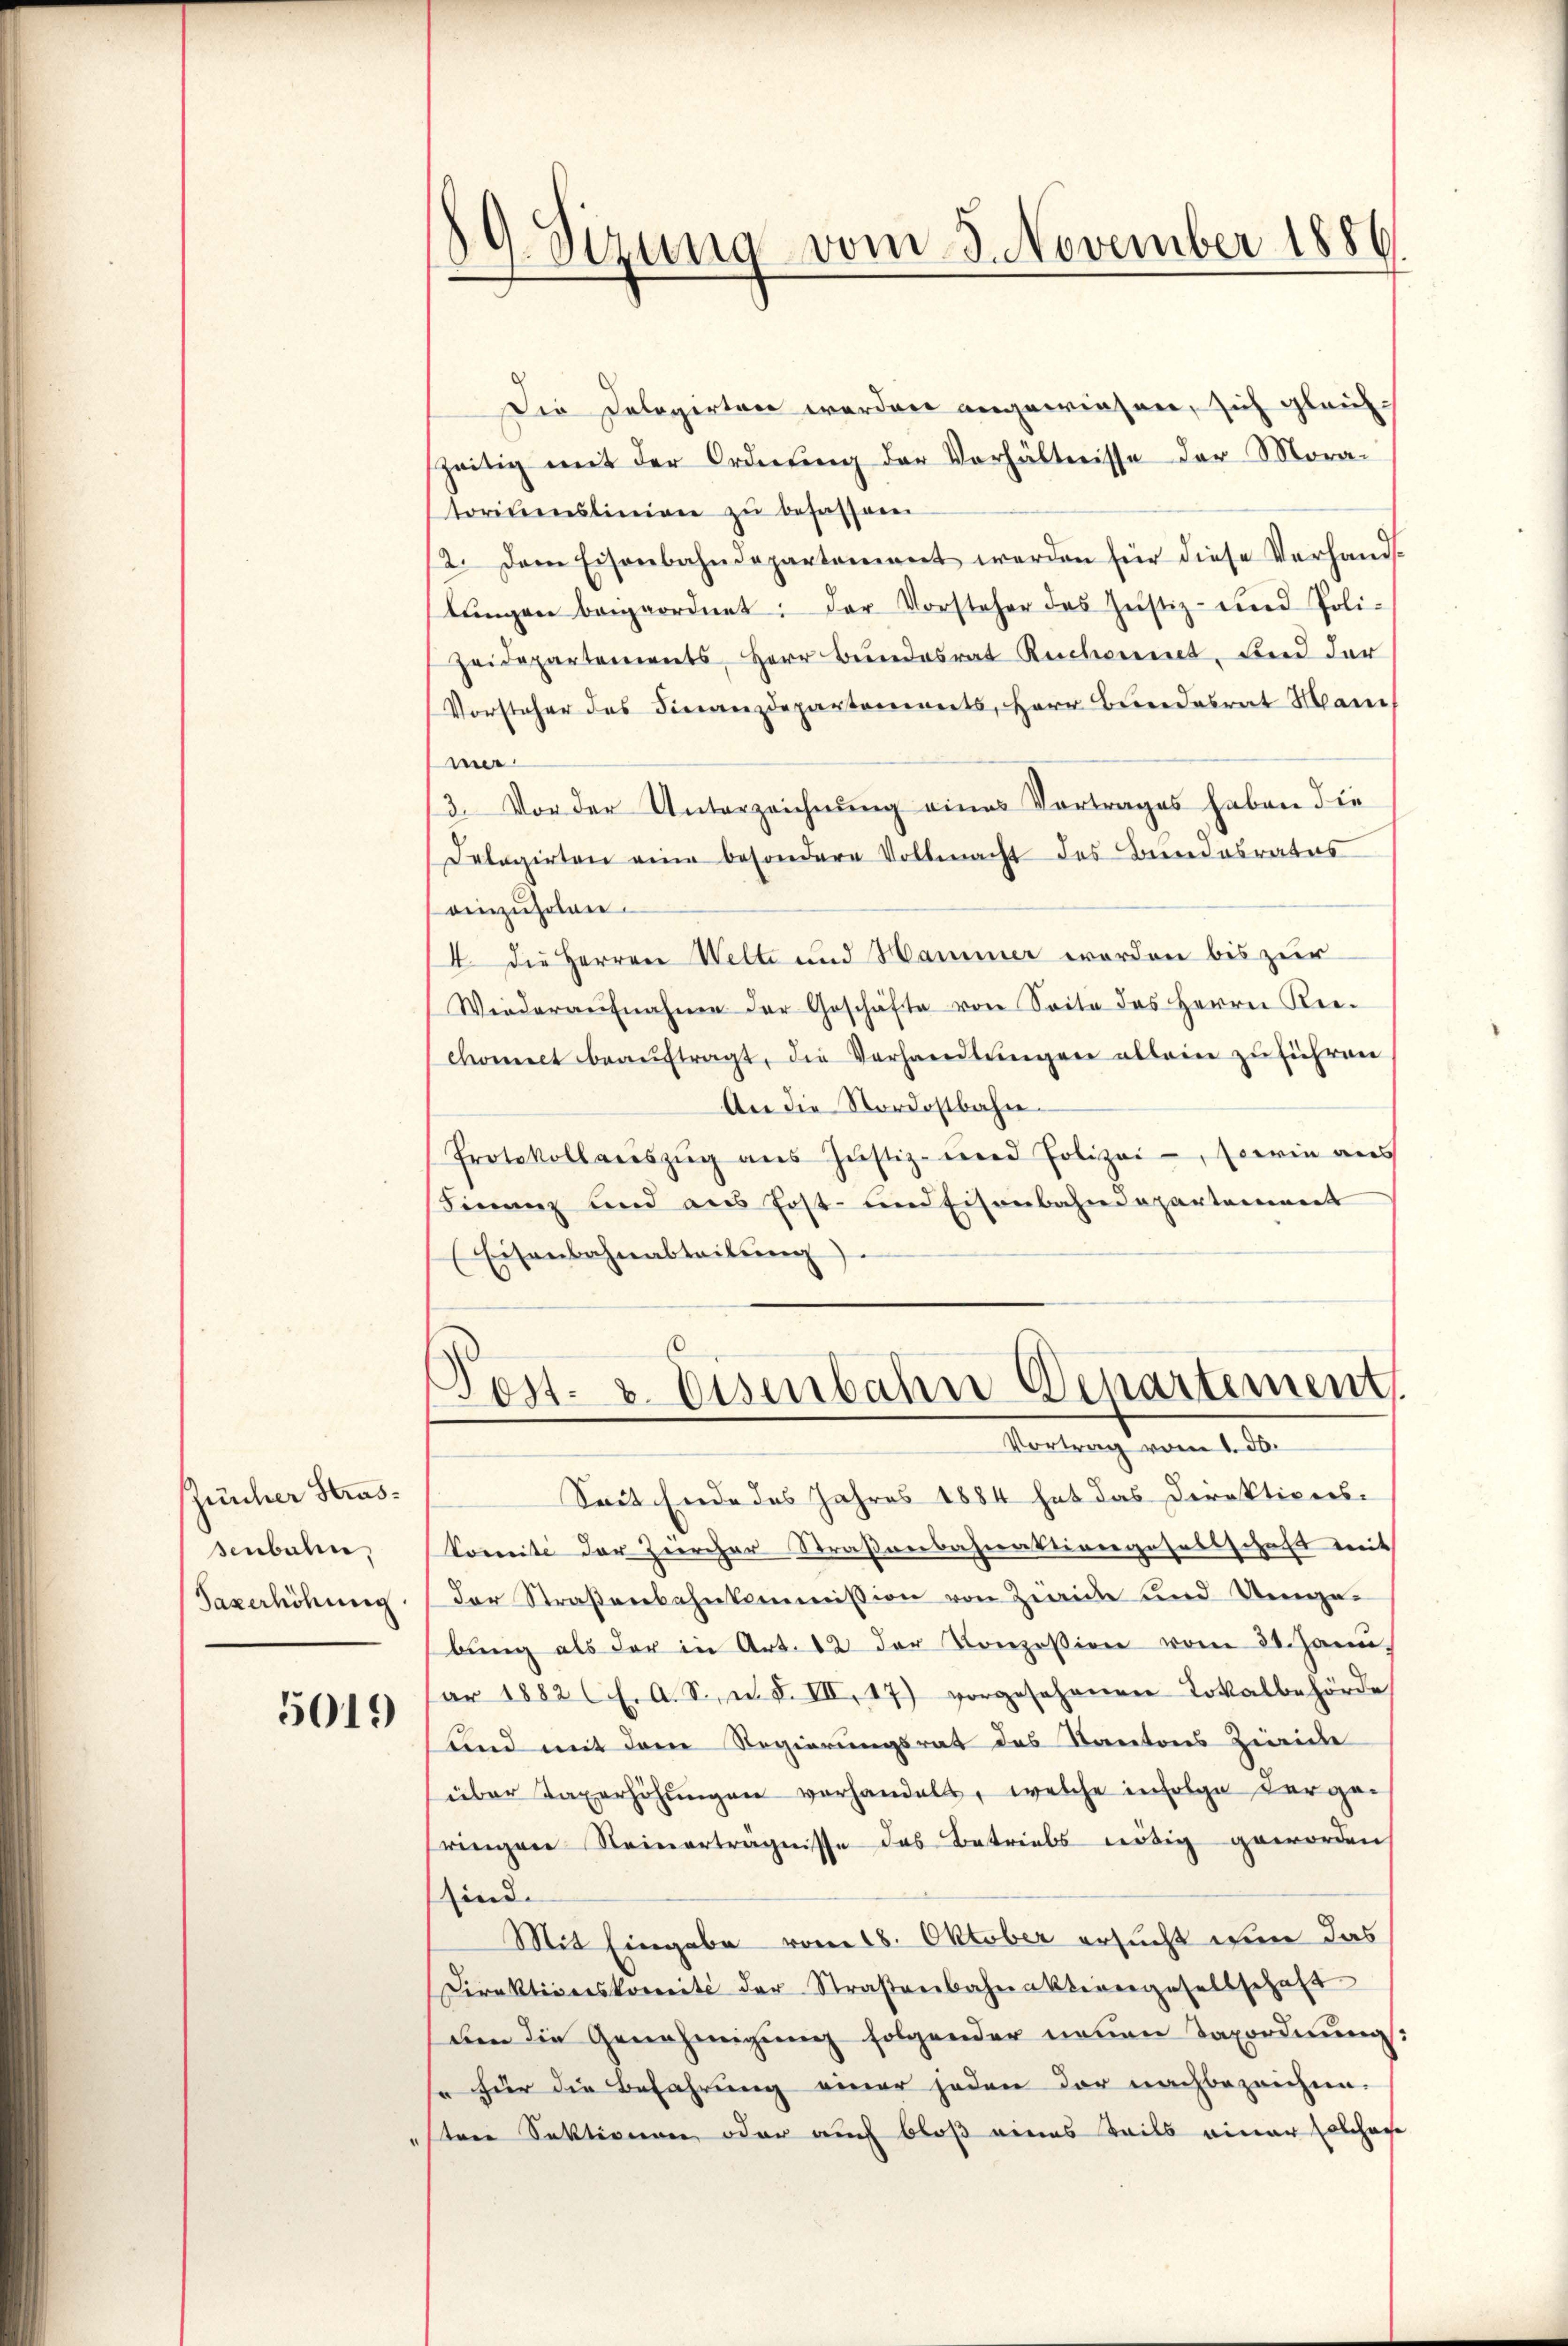
Zürcher Strassenbahn,
Taxerhöhung

5019

19. Sizung vom 8. November 1886.

Die Telegirten werden angewiesen, sich gleichszeitig mit der Ordnŭng der Verhältnisse der Mora-
torisieslinien zu besassern
2. Dem Eisenbahndepartement werden für diese Verhand-
lŭngen beigeordnet: der Vorsteher des Jŭstiz- und Poli-
Zeidepartements, Herr Bundesrat Ruchonnet, und der
Vorsteher des Finanzdepartements, Herr Bundesrat Mari
mer
3. Vor der Unterzeichnung eines Vortrages haben die
Delegirten eine besondere Vollmacht des Bundesrates
einzuholen.
4. Die Herren Welte und Hammer worden bis zur
Wiederaufnahme der Geschäfte von Seite des Herrn Kerchomect beaŭftragt, die Verhandlŭngen allein zu führen
An die Nordostbahn-
Protokollaŭszŭg aŭs Jŭstiz- und Polizei-, sowie aus
Finanz und aus Post- und Eisenbahndepartement
(Eisenbahnabteilŭng

Post. 2. Eisenbahn Departement.
Vortrag vom 1. d.

Seit Ende des Jahres 1884 hat das Direktions-
Somité der Zürcher Straßenbahnaktivergesellschaft mit
der Straßenbahnkommission von Zweide und Umgebŭng als der in Art. 12 der Konzession vom 31. Janu,
ar 1882 f. A. S. n. F. III. 17) vorgesehenen Lokalbehörde
und mit dem Regierungsrat des Kantons Zürich
über Taxerhöhŭngen vorhandelt, welche infolge derge-
ringen Seinerträgnisse das Betriebs nötig geworden
sind.
Mit Eingabe vom 18. Oktober ersucht wir das
Direktionskomité der Straßenbahnakterergesellschaft
den die Genehmigung folgender neuen Taxordnung.
für die Befahrung einer jeden der nachbezeichnee-
sten Sektionen oder auch bloß eines Teils einer solchere